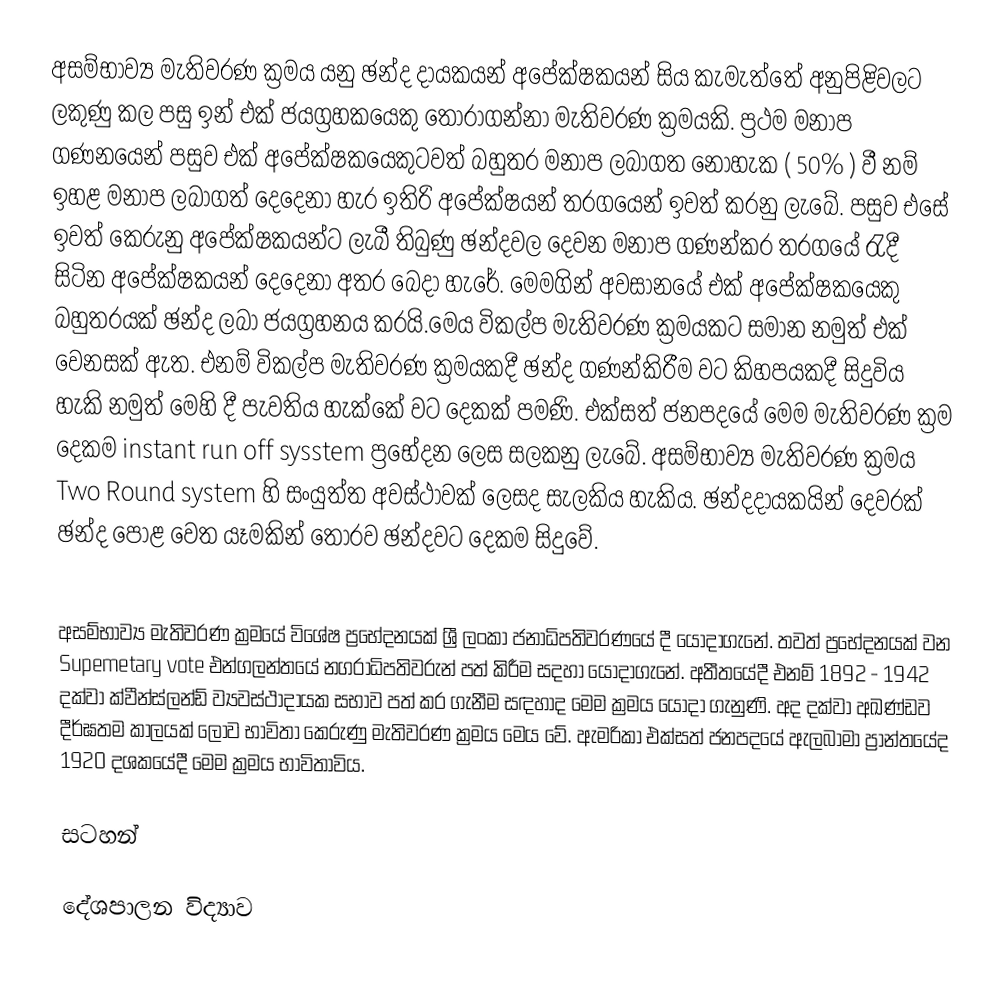
අසම්භාව්‍ය මැතිවරණ ක්‍රමය යනු ඡන්ද දායකයන් අපේක්ෂකයන් සිය කැමැත්තේ අනුපිළිවලට ලකුණු කල පසු ඉන් එක් ජයග්‍රහකයෙකු තෝරාගන්නා මැතිවරණ ක්‍රමයකි. ප්‍රථම මනාප ගණනයෙන් පසුව එක් අපේක්ෂකයෙකුටවත් බහුතර මනාප ලබාගත නොහැක ( 50% ) වී නම් ඉහළ මනාප ලබාගත් දෙදෙනා හැර ඉතිරි අපේක්ෂයන් තරගයෙන් ඉවත් කරනු ලැබේ. පසුව එසේ ඉවත් කෙරුනු අපේක්ෂකයන්ට ලැබී තිබුණු ඡන්දවල දෙවන මනාප ගණන්කර තරගයේ රැදී සිටින අපේක්ෂකයන් දෙදෙනා අතර බෙදා හැරේ. මෙමගින් අවසානයේ එක් අපේක්ෂකයෙකු බහුතරයක් ඡන්ද ලබා ජයග්‍රහනය කරයි.මෙය විකල්ප මැතිවරණ ක්‍රමයකට සමාන නමුත් එක් වෙනසක් ඇත. එනම් විකල්ප මැතිවරණ ක්‍රමයකදී ඡන්ද ගණන්කිරීම වට කිහපයකදී සිදුවිය හැකි නමුත් මෙහි දී පැවතිය හැක්කේ වට දෙකක් පමණි. එක්සත් ජනපදයේ මෙම මැතිවරණ ක්‍රම දෙකම instant run off sysstem ප්‍රභේදන ලෙස සලකනු ලැබේ. අසම්භාව්‍ය මැතිවරණ ක්‍රමය Two Round system හි සංයුත්ත අවස්ථාවක් ලෙසද සැලකිය හැකිය. ඡන්දදායකයින් දෙවරක් ඡන්ද පොළ වෙත යෑමකින් තොරව ඡන්දවට දෙකම සිදුවේ.

අසම්භාව්‍ය මැතිවරණ ක්‍රමයේ විශේෂ ප්‍රභේදනයක් ශ්‍රී ලංකා ජනාධිපතිවරණයේ දී යොදාගැනේ. තවත් ප්‍රභේදනයක් වන Supemetary vote එන්ගලන්තයේ නගරාධිපතිවරුන් පත් කිරීම සදහා යොදාගැනේ. අතීතයේදී එනම් 1892 - 1942 දක්වා ක්වීන්ස්ලන්ඩ් ව්‍යවස්ථාදායක සභාව පත් කර ගැනීම සඳහාද මෙම ක්‍රමය යොදා ගැනුණි. අද දක්වා අඛණ්ඩව දීර්ඝතම කාලයක් ලොව භාවිතා කෙරුණු මැතිවරණ ක්‍රමය මෙය වේ. ඇමරිකා එක්සත් ජනපදයේ ඇලබාමා ප්‍රාන්තයේද 1920 දශකයේදී මෙම ක්‍රමය භාවිතාවිය.

සටහන්

දේශපාලන විද්‍යාව